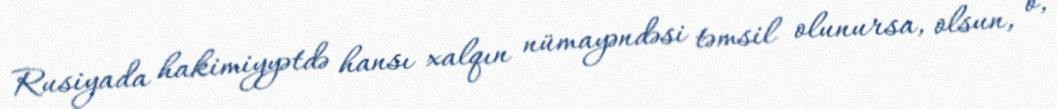
Rusiyada hakimiyyətdə hansı xalqın nümayəndəsi təmsil olunursa, olsun, o,